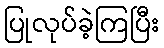
ပြုလုပ်ခဲ့ကြပြီး